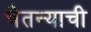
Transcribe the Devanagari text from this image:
चैतन्याची